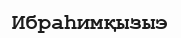
Ибраһимқызыэ